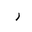
Letter: _ra